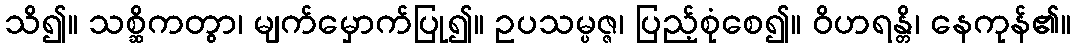
သိ၍။ သစ္ဆိကတွာ၊ မျက်မှောက်ပြု၍။ ဥပသမ္ပဇ္ဇ၊ ပြည့်စုံစေ၍။ ဝိဟရန္တိ၊ နေကုန်၏။